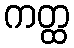
ကတ္ထ